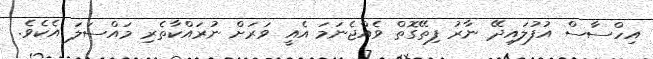
އިހްސާސް އުފުލައިދޭ ނާރު ފިތޭގޮތް ވެއްޖެނަމަ އެއީ ވަރަށް ނުރައްކާތެރި މައްސަލަ އެކެވެ.